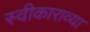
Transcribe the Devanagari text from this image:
स्वीकाराव्या